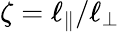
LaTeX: \zeta=\ell_{\parallel}/\ell_{\perp}